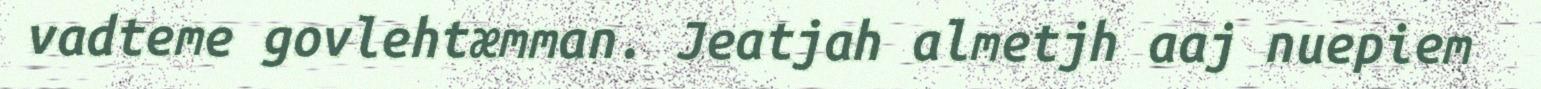
vadteme govlehtæmman. Jeatjah almetjh aaj nuepiem